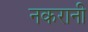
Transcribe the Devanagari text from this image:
नकरानी